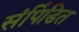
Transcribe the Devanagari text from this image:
संपिंडित